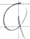
Text: Q